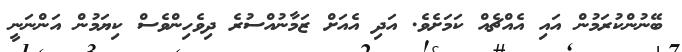
ބޭނުންކުރަމުން އައި އެއްޗެއް ކަމަށެވެ. އަދި އެއަށް ޒަމާނުއްސުރެ ދިވެހިންވެސް ކިޔަމުން އަންނަނީ